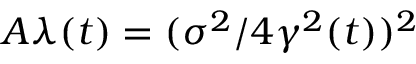
A \lambda ( t ) = ( \sigma ^ { 2 } / 4 \gamma ^ { 2 } ( t ) ) ^ { 2 }